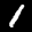
Label: 1